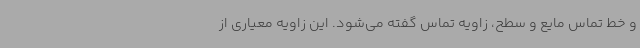
و خط تماس مایع و سطح، زاویه تماس گفته می‌شود. این زاویه معیاری از